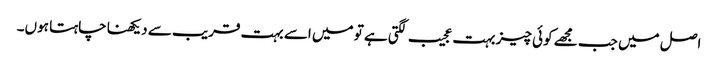
اصل میں جب مجھے کوئی چیز بہت عجیب لگتی ہے تو میں اسے بہت قریب سے دیکھنا چاہتا ہوں۔